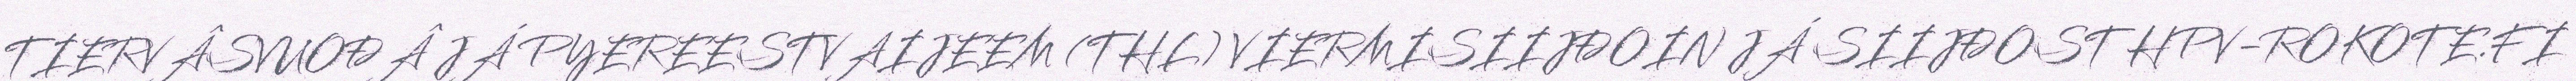
TIERVÂSVUOĐÂ JÁ PYEREESTVAIJEEM (THL) VIERMISIIJĐOIN JÁ SIIJĐOST HPV-ROKOTE.FI